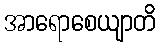
အာရောစေယျာတိ